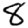
Digit: 8